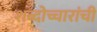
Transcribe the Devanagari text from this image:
शब्दोच्चारांची